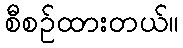
စီစဉ်ထားတယ်။